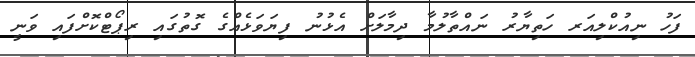
ފަހު ނިއުކްލިއަރ ހަތިޔާރު ނައްތާލުމާ ދިމާލަށް އެޅުނު ފިޔަވަޅެއްގެ ގޮތުގައި ރިޕޯޓްކޮށްފައި ވަނީ